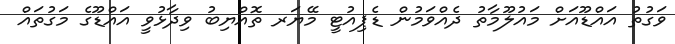
ވަގުތު އައްޑޫއަށް މައުލޫމާތު ދެއްވަމުން ޑެޕިއުޓީ މޭޔަރ ތޮއްޔިބު ވިދާޅުވީ އައްޑޫގެ މަގުތައް